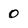
Character: 0